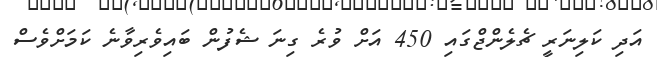
އަދި ކަލިނަރީ ޗެލެންޖްގައި 450 އަށް ވުރެ ގިނަ ޝެފުން ބައިވެރިވާނެ ކަމަށްވެސް